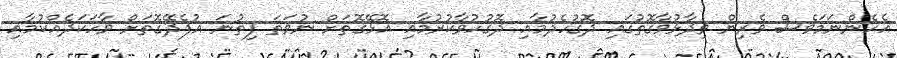
އެހެންނަމަވެސް ވެރިން ވިދާޅުވާގޮތުގައި ދޮގުހެދުމާއި ދޮގުހުވާކުރުމާއި އޮޅޭގޮތަށް ނުވަތަ ފިތުނަ އުފެދޭގޮތަށް ވާހަކަދެއްކުމާއި